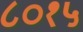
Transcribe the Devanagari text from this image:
८०१५